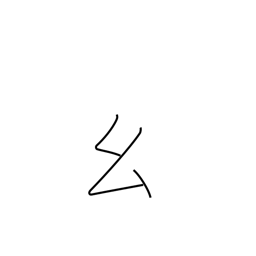
Meaning: short thread radical (no. 52)